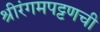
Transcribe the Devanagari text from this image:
श्रीरंगमपट्टणची